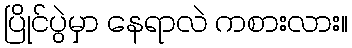
ပြိုင်ပွဲမှာ နေရာလဲ ကစားလား။